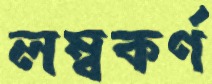
লম্বকর্ণ